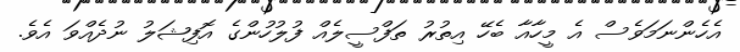
އެހެންނަމަވެސް އެ މީހާއާ ބެހޭ އިތުރު ތަފްސީލެއް ފުލުހުންގެ އޮފިޝަލު ނުދެއްވަ އެވެ.